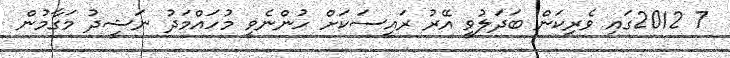
7 2012ގައި ވެރިކަން ބަދަލުވީ އޭރު ރައީސަކަށް ހުންނެވީ މުހައްމަދު ނަޝީދު މަގާމުން